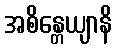
အစိန္တေယျာနိ